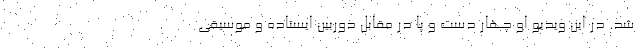
شد. در این ویدیو او چهار دست و پا در مقابل دوربین ایستاده و موسیقی